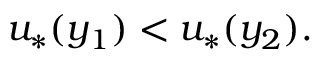
u _ { * } ( y _ { 1 } ) < u _ { * } ( y _ { 2 } ) .